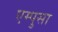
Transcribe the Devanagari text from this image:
एम्पुसा